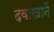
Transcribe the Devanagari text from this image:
दवाखानें